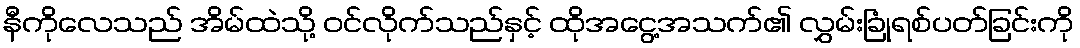
နီကိုလေသည် အိမ်ထဲသို့ ဝင်လိုက်သည်နှင့် ထိုအငွေ့အသက်၏ လွှမ်းခြုံရစ်ပတ်ခြင်းကို